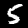
Label: 5